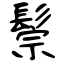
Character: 鬃